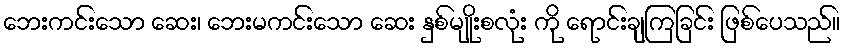
ဘေးကင်းသော ဆေး၊ ဘေးမကင်းသော ဆေး နှစ်မျိုးစလုံး ကို ရောင်းချကြခြင်း ဖြစ်ပေသည်။